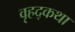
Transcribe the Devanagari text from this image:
वृहद्कथा